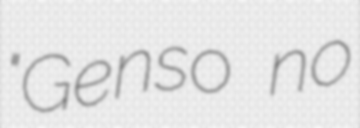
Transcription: "Genso no